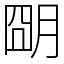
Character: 朙